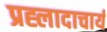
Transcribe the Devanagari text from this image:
प्रह्लादाचार्य